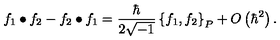
f _ { 1 } \bullet f _ { 2 } - f _ { 2 } \bullet f _ { 1 } = \frac { \hbar } { 2 \sqrt { - 1 } } \left\{ f _ { 1 } , f _ { 2 } \right\} _ { P } + O \left( \hbar ^ { 2 } \right) .